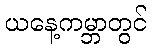
ယနေ့ကမ္ဘာတွင်